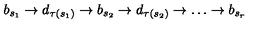
b _ { s _ { 1 } } \rightarrow d _ { \tau ( s _ { 1 } ) } \rightarrow b _ { s _ { 2 } } \rightarrow d _ { \tau ( s _ { 2 } ) } \rightarrow \dots \rightarrow b _ { s _ { r } }